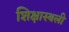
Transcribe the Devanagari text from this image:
शिक्षास्थली